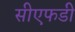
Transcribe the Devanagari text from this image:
सीएफडी